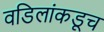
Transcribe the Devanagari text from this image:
वडिलांकडूच